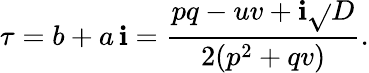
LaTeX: \tau=b+a\, \mathbf{i}=\frac{{pq-uv+\mathbf{i}\sqrt{}{{D}}}}{{2(p^{2}+qv)}}.